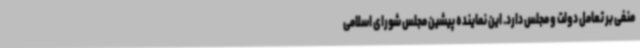
منفی بر تعامل دولت و مجلس دارد. این نماینده پیشین مجلس شورای اسلامی